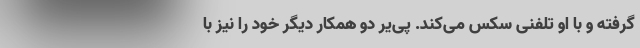
گرفته و با او تلفنی سکس می‌کند. پی‌یر دو همکار دیگر خود را نیز با